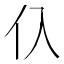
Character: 𰁡